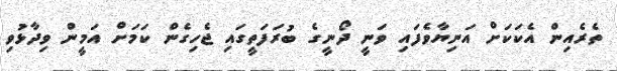
ތެރެއިން އެކަކަށް އަނިޔާވެފައި ވަނީ ދޯނީގެ ބުރަފަތީގައި ޖެހިގެން ކަމަށް އަމީން ވިދާޅުވި